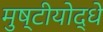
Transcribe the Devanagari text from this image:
मुष्टीयोद्धे